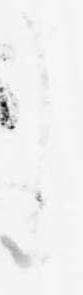
し